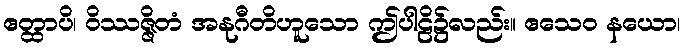
ဧတ္ထာပိ၊ ဝိဿဇ္ဇိတံ အနုဂီတိဟူသော ဤပါဠိ၌လည်း။ ဧသေဝ နယော၊